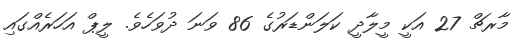
މާރޗް 27 އަކީ މީލާދީ ކަލަންޑަރުގެ 86 ވަނަ ދުވަހެވެ. ލީޕް އަހަރެއްގައި